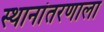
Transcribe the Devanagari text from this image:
स्थानांतरणाला